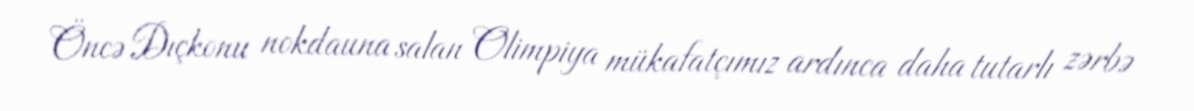
Öncə Dıçkonu nokdauna salan Olimpiya mükafatçımız ardınca daha tutarlı zərbə